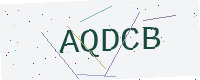
Text: AQDCB